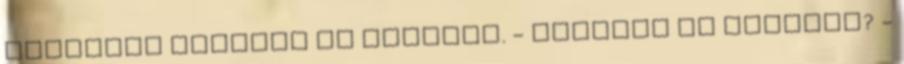
merthogy leégett az istálló. - Leégett az istálló? -